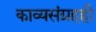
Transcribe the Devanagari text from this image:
काव्यसंग्रहही